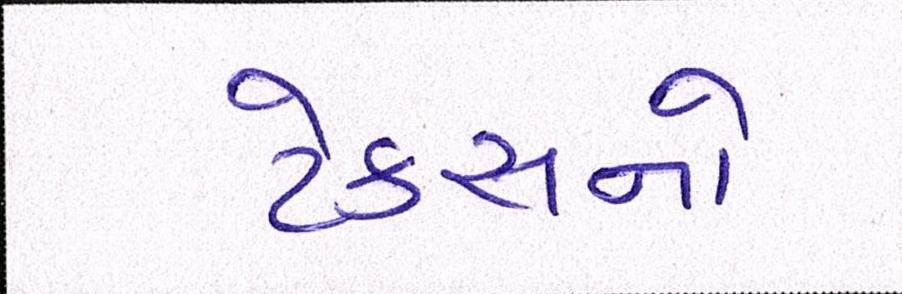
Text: ટેક્સનો